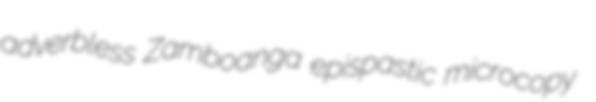
adverbless Zamboanga epispastic microcopy